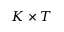
K \times T